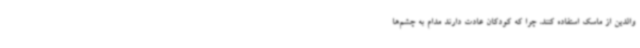
والدین از ماسک استفاده کنند، چرا که کودکان عادت دارند مدام به چشم‌ها